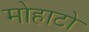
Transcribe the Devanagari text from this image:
मोहाटो